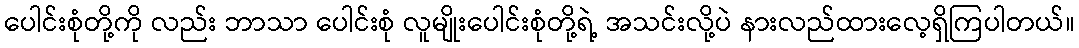
ပေါင်းစုံတို့ကို လည်း ဘာသာ ပေါင်းစုံ လူမျိုးပေါင်းစုံတို့ရဲ့ အသင်းလို့ပဲ နားလည်ထားလေ့ရှိကြပါတယ်။